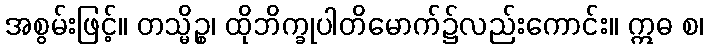
အစွမ်းဖြင့်။ တသ္မိဉ္စ၊ ထိုဘိက္ခုပါတိမောက်၌လည်းကောင်း။ ဣဓ စ၊